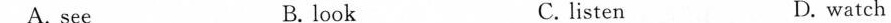
A.see B. look C. listen D. watch